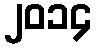
၂၀၁၄